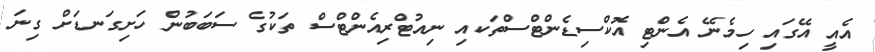
އެއީ އޭގައި ހިމެނޭ އެންޓި އޮކްސިޑެންޓްސްތަކއި ނިއުޓްރިއެންޓްސް ތަކުގެ ސަބަބުން ހަށިގަނޑަށް ގިނަ